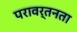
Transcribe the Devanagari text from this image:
परावर्तनता